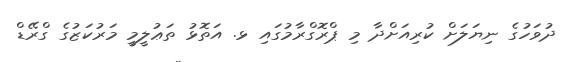
ދުވަހުގެ ނިޔަލަށް ކުރިއަށްދާ މި ޕްރޮގްރާމުގައި ޅ. އަތޮޅު ތަޢުލީމީ މަރުކަޒުގެ ގްރޭޑް